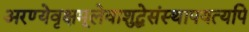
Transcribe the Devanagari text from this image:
अरण्येवृक्षमूलेवाशुद्धेसंस्थापयत्यपि